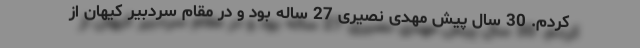
کردم. 30 سال پیش مهدی نصیری 27 ساله بود و در مقام سردبیر کیهان از